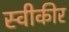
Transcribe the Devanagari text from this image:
स्वीकीर